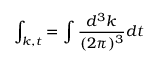
\int _ { k , t } = \int \frac { d ^ { 3 } k } { ( 2 \pi ) ^ { 3 } } d t